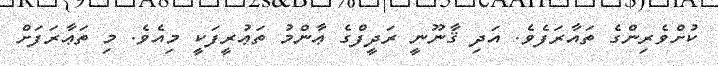
ކުށްވެރިންގެ ތައާރަފެވެ. އަދި ޤާނޫނީ ރަދީފްގެ ޢާންމު ތަޢުރީފަކީ މިއެވެ. މި ތަޢާރަފަށް